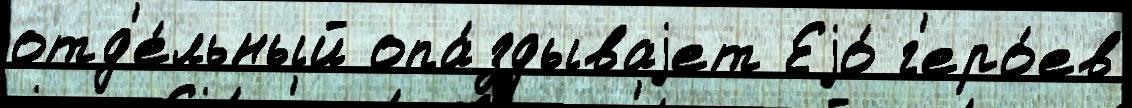
отд'е́льный опа́здываjет Еjо́ г'еро́ев